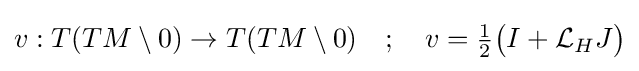
v:T(TM\setminus 0)\to T(TM\setminus 0)\quad ;\quad v={\tfrac {1}{2}}{\big (}I+{\mathcal {L}}_{H}J{\big )}